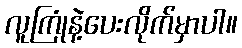
လူကြုံနဲ့ပေးလိုက်မှာပါ။